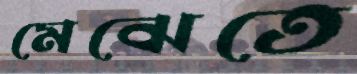
মেঝেতে